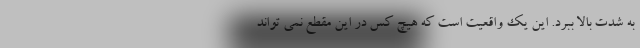
به شدت بالا ببرد. این یک واقعیت است که هیچ کس در این مقطع نمی تواند